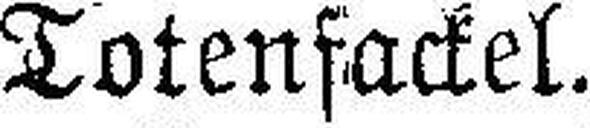
Totenfackel.